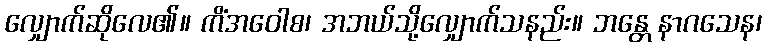
လျှောက်ဆိုလေ၏။ ကိံအဝေါစ၊ အဘယ်သို့လျှောက်သနည်း။ ဘန္တေ နာဂသေန၊